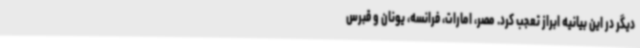
دیگر در این بیانیه ابراز تعجب کرد. مصر، امارات، فرانسه، یونان و قبرس